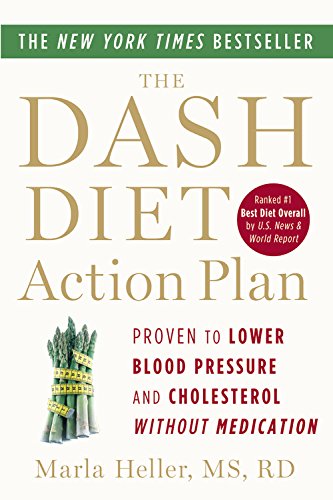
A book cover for The DASH Diet Action Plan: Proven to Lower Blood Pressure and Cholesterol without Medication (A DASH Diet Book); Marla Heller; Cookbooks, Food & Wine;